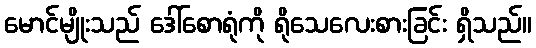
မောင်မျိုးသည် ဒေါ်စောရုံကို ရိုသေလေးစားခြင်း ရှိသည်။